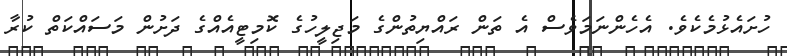
ހުށައެޅުމެކެވެ. އެހެންނަމަވެސް އެ ތަން ރައްޔިތުންގެ މަޖިލީހުގެ ކޮމިޓީއެއްގެ ދަށުން މަސައްކަތް ކުރާ